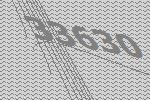
33630